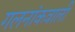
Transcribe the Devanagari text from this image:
गलनांकवाली